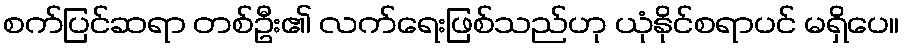
စက်ပြင်ဆရာ တစ်ဦး၏ လက်ရေးဖြစ်သည်ဟု ယုံနိုင်စရာပင် မရှိပေ။